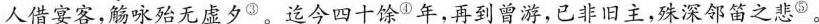
人借宴客，觞咏殆无虚夕$$^{③}$$。迄今四十馀$$^{④}年，再到曾游，已非旧主，殊深邻笛之悲$$^{⑤}$$。